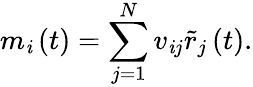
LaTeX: m_{\mathit{i}}\left(t\right)=\sum_{j=1}^{N}v_{\mathit{i}j}\tilde{{r}}_{j}\left(t\right).